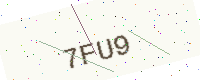
Text: 7FU9